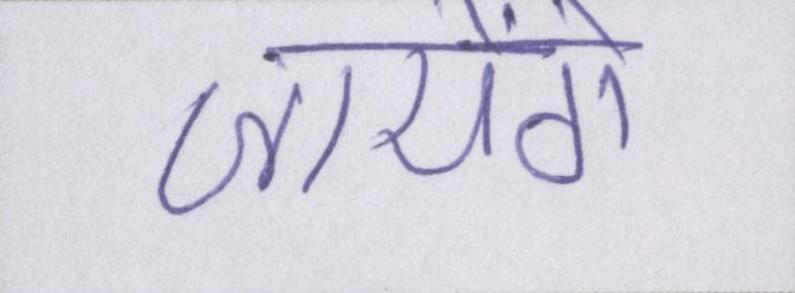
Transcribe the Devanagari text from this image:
जायेंगे।